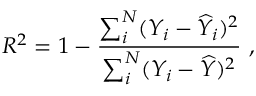
R ^ { 2 } = 1 - \frac { \sum _ { i } ^ { N } ( Y _ { i } - \widehat { Y } _ { i } ) ^ { 2 } } { \sum _ { i } ^ { N } ( Y _ { i } - \widehat { Y } ) ^ { 2 } } \ ,